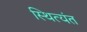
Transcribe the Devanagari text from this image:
स्थित्यंत